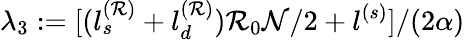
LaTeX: \lambda_{3}:=[(l_{s}^{(\mathcal{R})}+l_{d}^{(\mathcal{R})})\mathcal{R}_{0}\mathcal{N}/2+l^{(s)}]/(2\alpha)